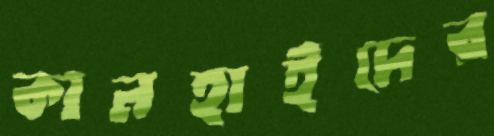
কানহাইদের